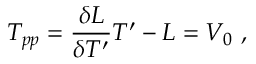
T _ { p p } = { \frac { \delta { { \cal L } } } { \delta T ^ { \prime } } } T ^ { \prime } - { \cal L } = V _ { 0 } \ ,